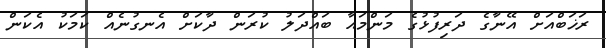
ރަޚަބްއަށް އޭނާގެ ދަރިފުޅުގެ މަންމައާ ބައްދަލު ކުރަން ދާކަށް އެނގުނެއް ކަމަކު އެކަން